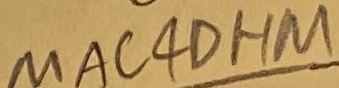
Text: MAC4OHM